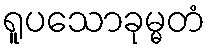
ရူပသောခုမ္မတံ